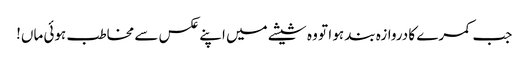
جب کمرے کا دروازہ بند ہو ا تو وہ شیشے میں اپنے عکس سے مخاطب ہوئی ماں!